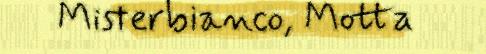
Misterbianco, Motta